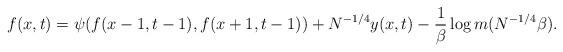
LaTeX: \begin{align*}f(x,t) = \psi(f(x-1,t-1), f(x+1, t-1)) + N^{-1/4} y(x,t) - \frac{1}{\beta} \log m(N^{-1/4}\beta).\end{align*}